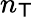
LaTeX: n_{\mathsf{T}}